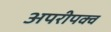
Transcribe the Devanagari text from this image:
अपरीपक्व